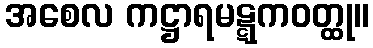
အစေလ ကဋ္ဌာရမဋ္ဋကဝတ္ထု။